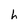
Character: h